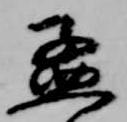
孟